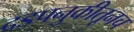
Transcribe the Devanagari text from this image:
दडपनुकीतूनच